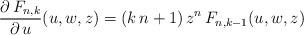
LaTeX: \begin{align*}\frac{\partial\,F_{n,k}}{\partial\,u}(u,w,z)=(k\,n+1)\,z^{n}\,F_{n,k-1}(u,w,z)\end{align*}